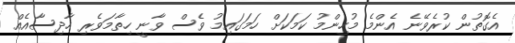
އެގޮތުން ކުރެވޭނެ އެންމެ މުހިންމު ކަމަކަށް ހަމަގައިމު ވެސް ވާނީ ހިތާމަވެރި ހާދިސާއެއް